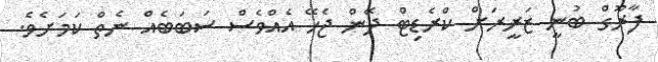
ފާރޫގް ބުނީ ޒަރީރަށް ކްރެޑިޓް ދޭން ޖެހޭ އެއްވެސް ސަބަބެއް ނެތް ކަމަށެވެ.